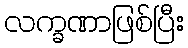
လက္ခဏာဖြစ်ပြီး